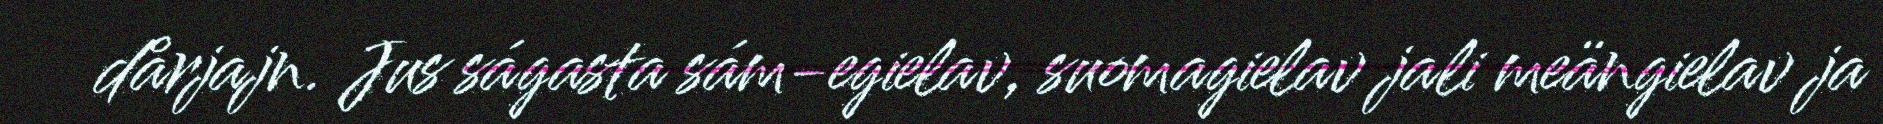
dårjajn. Jus ságasta sám-egielav, suomagielav jali meängielav ja